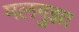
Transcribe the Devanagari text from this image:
मलगुझा